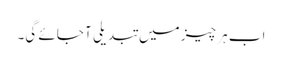
اب ہر چیز میں تبدیلی آ جائے گی۔